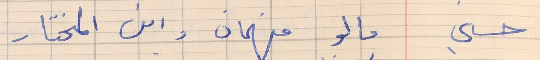
حسني  ما لو فهمان وابن المختار